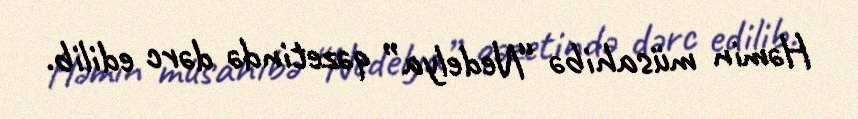
Həmin müsahibə “Nedelya” qəzetində dərc edilib.